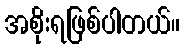
အစိုးရဖြစ်ပါတယ်။